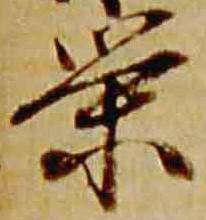
栄